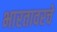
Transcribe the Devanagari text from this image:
भारतावरचे